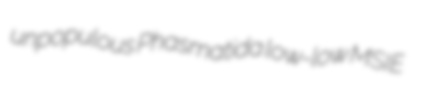
unpopulous Phasmatida low-low MSIE